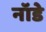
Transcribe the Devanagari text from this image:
नॉडे